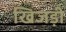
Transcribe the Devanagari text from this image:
खिजड़ी